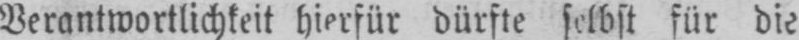
Verantwortlichkeit hierfür dürfte selbst für die